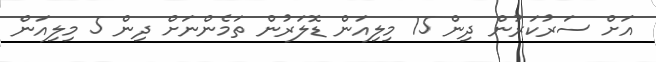
އަށް ސަރުކަރުން ދިން 15 މިިލިއަން ޑޮލަރުން ތަމެންނަށް ދިން 5 މިލިއަން